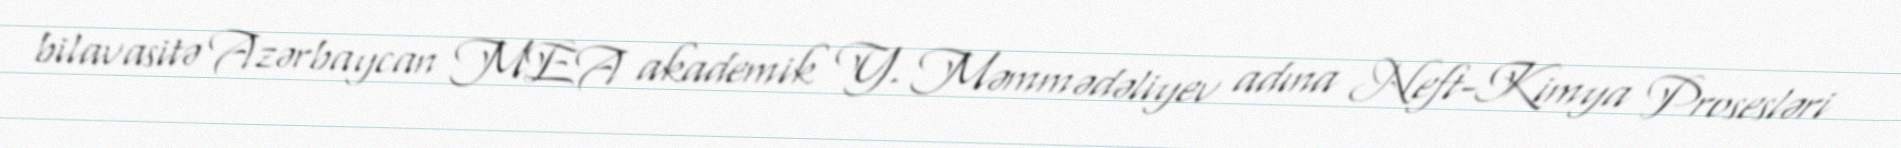
bilavasitə Azərbaycan MEA akademik Y. Məmmədəliyev adına Neft-Kimya Prosesləri